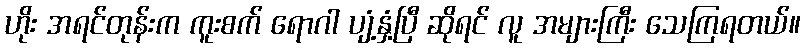
ဟိုး အရင်တုန်းက ကူးစက် ရောဂါ ပျံ့နှံ့ပြီ ဆိုရင် လူ အများကြီး သေကြရတယ်။